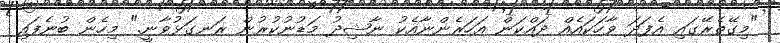
"މިގޭތެރޭގައި އެފަދަ ވާހަކައެއް ދައްކަން އަހަރެންނާއެކު ނާޝިދު މަޑުނުކުރުން ރަނގަޅުވާނީ." މިހެން ބުނެފައި